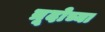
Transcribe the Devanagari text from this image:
त्रूदोच्या